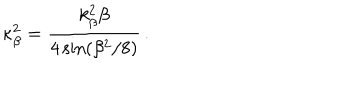
\kappa _ { \beta } ^ { 2 } = \frac { k _ { \beta } ^ { 2 } \beta } { 4 \sin ( \beta ^ { 2 } / 8 ) } \, .